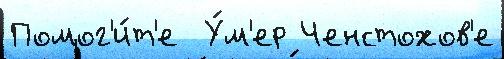
Помог'и́т'е  У́м'ер Ченстохов'е